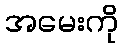
အမေးကို